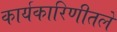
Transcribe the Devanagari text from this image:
कार्यकारिणीतले